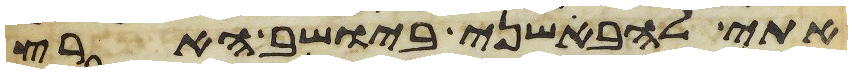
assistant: אתי להבאשני ביושב הארץ